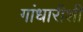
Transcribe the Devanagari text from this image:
गांधारीशी